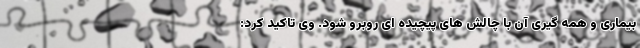
بیماری و همه گیری آن با چالش های پیچیده ای روبرو شود. وی تاکید کرد: